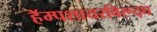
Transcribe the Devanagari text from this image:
हॅम्पशायरविरूद्ध